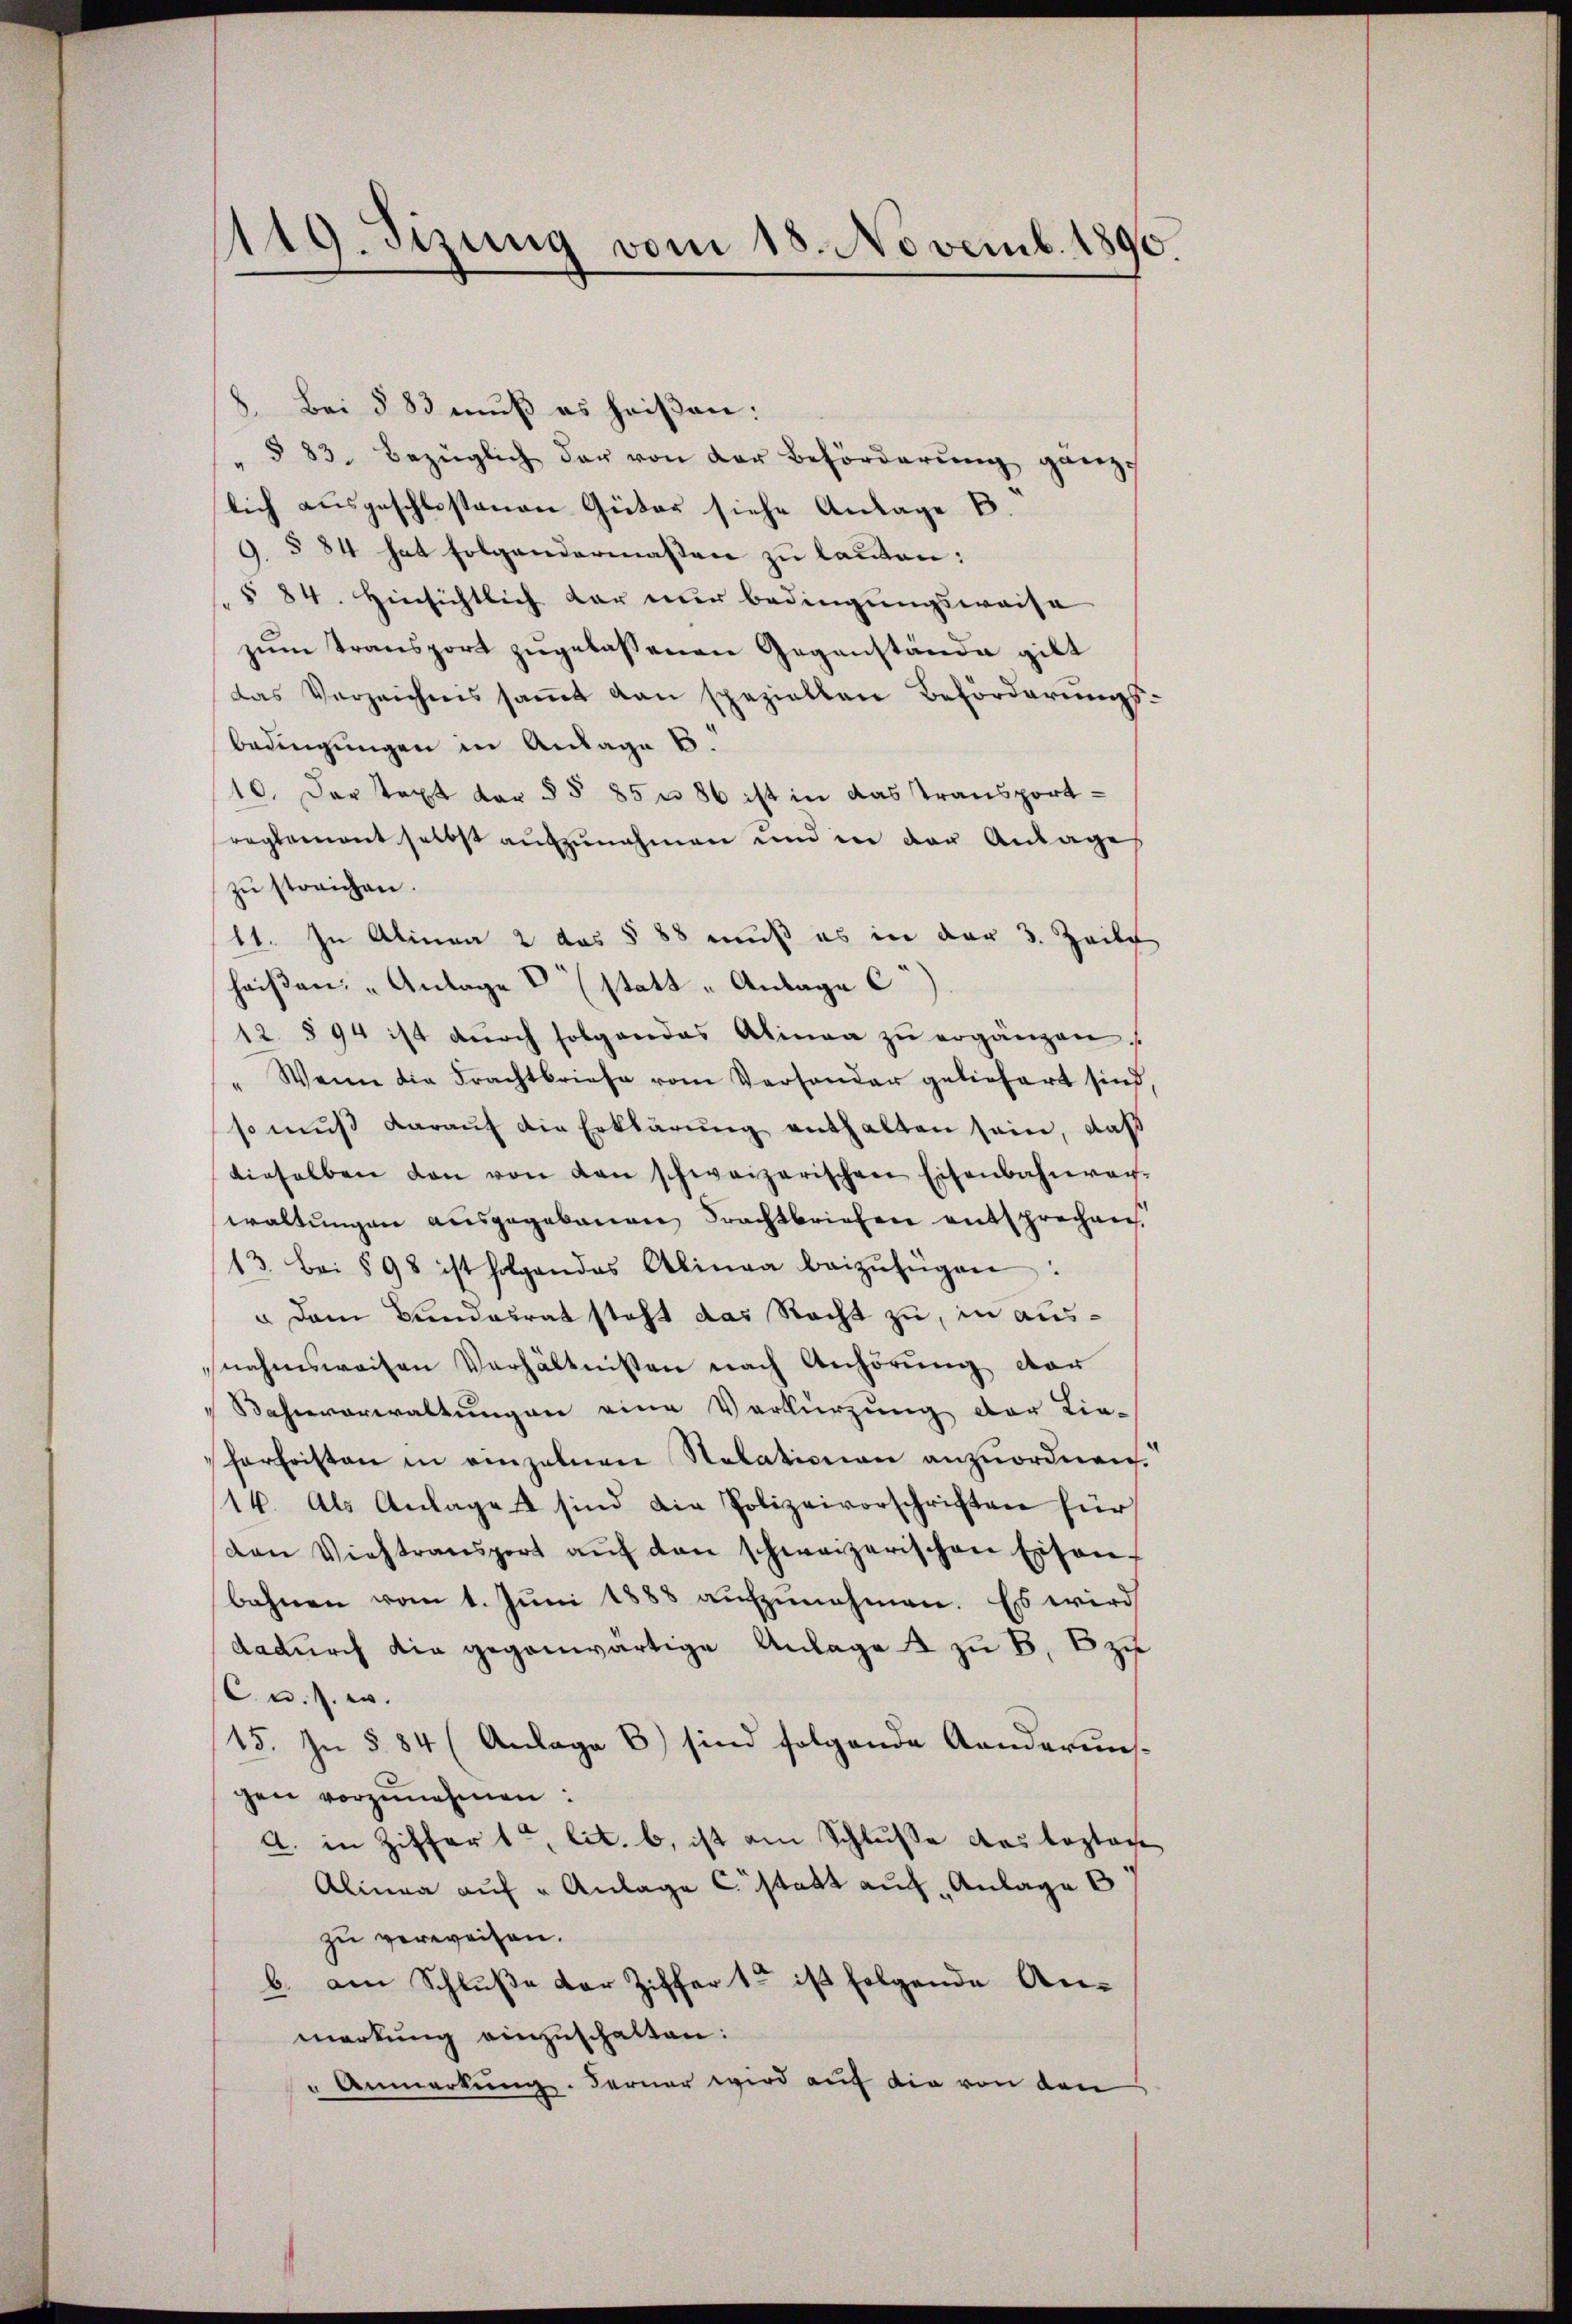
119. Sizung vom 18. Novemb. 1890.

Bei § 83 muß es heißen:
¬
 § 83. Bezüglich der von der Beförderŭng ganze
lich ausgeschlossenen Güter siehe Anlage B.
9. § 84 hat folgendermassen zu lauten:
§ 84. Hinsichtlich dar nur bedingungsweise
zum Transport zugelassenen Gegenstände gilt
das Verzeichnis saṁt von speziellen Beförderungs-
bedingungen in Anlage b.
10. Der Text der §§ 85 n 86 ist in das Transport-
reglement selbst aŭfzŭnehmen und in der Anlage
zu störichen.
11. In Alinea 2 des § 88 muß es in der 3. Zeile
haisen. " Anlage (statt u Anlage c)
12 § 94 ist dŭrch folgendes Alinea zŭ ergänzen,
"Wenn die Frachtbriefe vom Versonder geliefert sind.
so muss daraŭf die Erklärŭng enthalten sein, daß
dieselben den von den schweizerischen Eisenbahnver-
waltungen ausgegebenen Frachtbriefen entsprechen,
13. bei § 98 ist folgendes Alinea beizufügen:
 Dem Bundesrat steht das Recht zu, in aussnahmsweisen Verhältnissen nach Anhörung der
Bahnverwaltungen eine Verkürzung der Lie-
harfristen in einzelnen Relationen anzuordnen.
114. Als Anlage sind die Polizeivorschriften für
den Viehtransport aŭf den schweizerischen Eisen-
bahnen vom 1. Jŭni 1888 aŭfzŭnehmen. Es wird
dadurch die gegenwärtige Anlage 4 zu B. zu
C. u. s. w.
15. In § 84 (Anlage b) sind folgende Aenderun-
gen vorzunehmen:
A. in Ziffert, lit. b. ist am Schlusse das bestan
Alinea aŭf " Anlage C. statt auch Anlage 6
zu verweisen.
b. am Schluße der Ziffer 1 ist folgende An-
merkung einzuschalten:
" Anmerkung. Ferner wird auf die von den